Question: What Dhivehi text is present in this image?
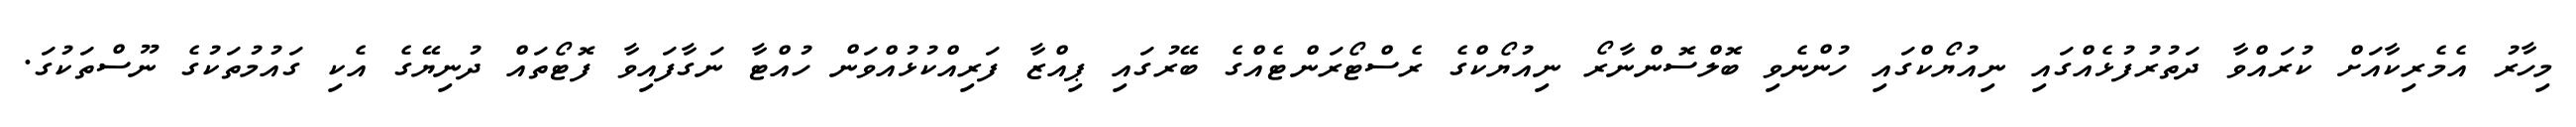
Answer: މިހާރު އެމެރިކާއަށް ކުރައްވާ ދަތުރުފުޅެއްގައި ނިއުޔޯކްގައި ހުންނެވި ބޮލްސޮންނާރޯ ނިއުޔޯކްގެ ރެސްޓޯރަންޓެއްގެ ބޭރުގައި ޕިއްޒާ ފަރިއްކުޅުއްވަން ހުއްޓާ ނަގާފައިވާ ފޮޓޯތައް ދުނިޔޭގެ އެކި ގައުމުތަކުގެ ނޫސްތަކުގަ.